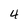
Character: 4